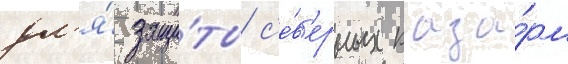
дл'я́ защи́ты с'е́в'ерных каза́рм